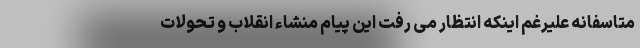
متاسفانه علیرغم اینکه انتظار می رفت این پیام منشاء انقلاب و تحولات